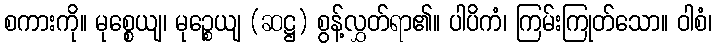
စကားကို။ မုစ္စေယျ၊ မုဉ္စေယျ (ဆဋ္ဌ) စွန့်လွှတ်ရာ၏။ ပါပိကံ၊ ကြမ်းကြုတ်သော။ ဝါစံ၊